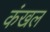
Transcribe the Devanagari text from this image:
कंखल